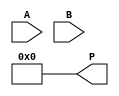
module AdaptiveWallaceTreeMultiplier #(parameter N = 8) (
    input [N-1:0] A,
    input [N-1:0] B,
    output reg [2*N-1:0] P
);

    // Partial product generation
    wire [N-1:0] pp [0:N-1]; // Partial products
    genvar i;
    generate
        for (i = 0; i < N; i = i + 1) begin : partial_product_gen
            assign pp[i] = A & {N{B[i]}}; // AND A with each bit of B
        end
    endgenerate

    // Wallace tree reduction
    wire [N-1:0] sum [0:N-1];
    wire [N-1:0] carry [0:N-1];
    wire [N-1:0] temp_sum;
    wire [N-1:0] temp_carry;

    // Initial stage: copy the first partial product
    assign sum[0] = pp[0];
    assign carry[0] = 0;

    // Wallace tree reduction stages
    genvar j;
    generate
        for (j = 1; j < N; j = j + 1) begin : reduction_stage
            wire [2:0] group;
            assign group = {pp[j], carry[j-1]};
            // Full adder logic for groups of three
            assign {temp_carry, temp_sum} = group[0] + group[1] + group[2];
            assign sum[j] = temp_sum;
            assign carry[j] = temp_carry;
        end
    endgenerate

    // Final addition of the last two sums
    wire [2*N-1:0] final_sum;
    wire [2*N-1:0] final_carry;

    assign {final_carry, final_sum} = {1'b0, sum[N-1]} + {1'b0, sum[N-2]};

    // Output product
    always @(*) begin
        P = final_sum + final_carry; // Combine final sum and carry
    end

endmodule